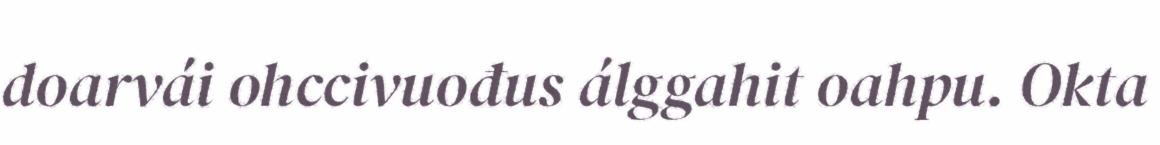
doarvái ohccivuođus álggahit oahpu. Okta